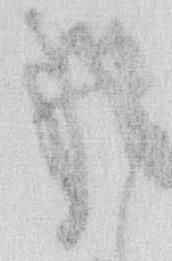
猶